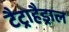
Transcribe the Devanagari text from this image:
टैट्राहैड्राल